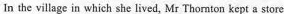
In the village in which she lived, Mr Thomton kept a store